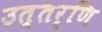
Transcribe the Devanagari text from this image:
उत्तर्णि